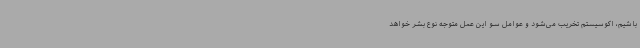
باشیم، اکوسیستم تخریب می‌شود و عوامل سو این عمل متوجه نوع بشر خواهد